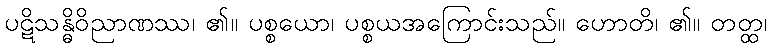
ပဋိသန္ဓိဝိညာဏဿ၊ ၏။ ပစ္စယော၊ ပစ္စယအကြောင်းသည်။ ဟောတိ၊ ၏။ တတ္ထ၊